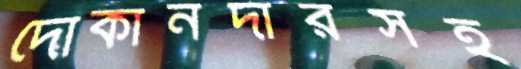
দোকানদারসহ